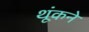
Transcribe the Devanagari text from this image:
थूंकने